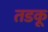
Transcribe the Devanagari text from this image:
तडकू